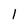
Character: 1